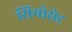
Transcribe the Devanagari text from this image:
सियोसेट